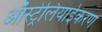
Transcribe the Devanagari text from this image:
ऑस्ट्रेलियाईकरण